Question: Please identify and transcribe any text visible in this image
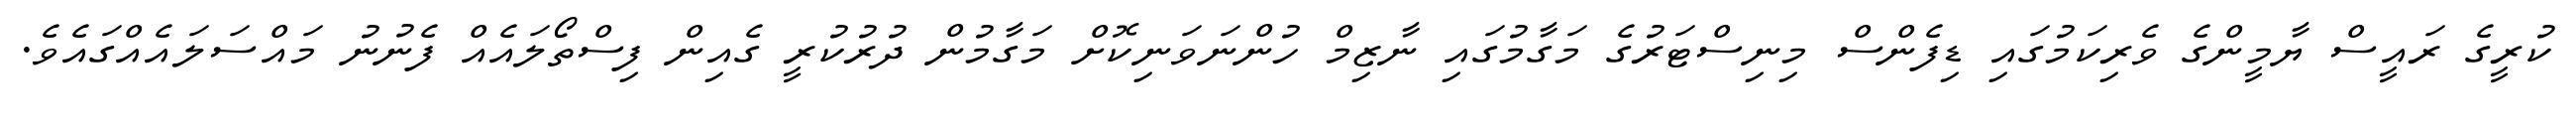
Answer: ކުރީގެ ރައީސް ޔާމީންގެ ވެރިކަމުގައި ޑިފެންސް މިނިސްޓަރުގެ މަގާމުގައި ނާޒިމް ހުންނަވަނިކޮށް މަގާމުން ދުރުކުރީ ގެއިން ފިސްތޯލައެއް ފެނުނު މައްސަލައެއްގައެވެ.